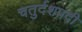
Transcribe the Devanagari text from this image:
चतुर्दशपदी